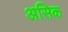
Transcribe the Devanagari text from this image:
असिक